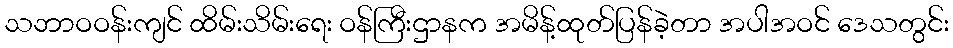
သဘာဝဝန်းကျင် ထိမ်းသိမ်းရေး ဝန်ကြီးဌာနက အမိန့်ထုတ်ပြန်ခဲ့တာ အပါအဝင် ဒေသတွင်း